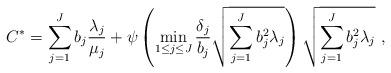
LaTeX: \begin{align*}{C^*} = \sum\limits_{j = 1}^J {{b_j}{\frac{{{\lambda _j}}}{{{\mu _j}}}} + \psi \left( {\mathop {\min }\limits_{1 \le j \le J} \frac{{{\delta _j}}}{{{b_j}}}\sqrt {\sum\limits_{j = 1}^J {b_j^2{\lambda _j}} } } \right)\sqrt {\sum\limits_{j = 1}^J {b_j^2{\lambda _j}} } } \ ,\end{align*}